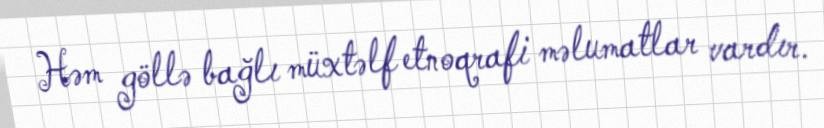
Həm göllə bağlı müxtəlf etnoqrafi məlumatlar vardır.